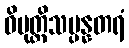
ဝိမုတ္တိသမ္ပန္နတရံ